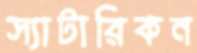
স্যাটারিকন